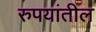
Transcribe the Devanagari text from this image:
रुपयांतील